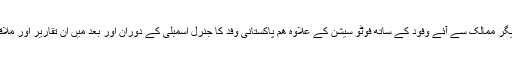
مگر چند تقاریر، پریس بریفنگز اور دیگر ممالک سے آئے وفود کے ساتھ فوٹو سیشن کے علاوہ ھم پاکستانی وفد کا جنرل اسمبلی کے دوران اور بعد میں ان تقاریر اور ملاقاتوں کا کوئی خاص اثر نہیں دیکھتے۔